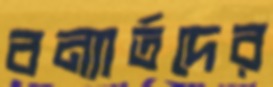
বন্যার্তদের